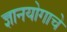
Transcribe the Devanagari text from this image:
ज्ञानयोगाचे